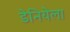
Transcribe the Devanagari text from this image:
डेनियेला